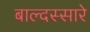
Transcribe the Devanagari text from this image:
बाल्दस्सारे